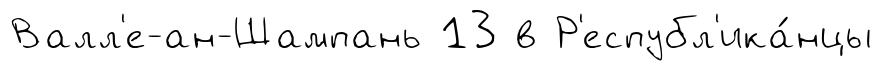
Валл'е-ан-Шампань 13 в Р'еспубл'ика́нцы